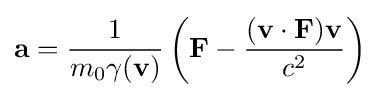
\mathbf {a} ={\frac {1}{m_{0}\gamma (\mathbf {v} )}}\left(\mathbf {F} -{\frac {(\mathbf {v} \cdot \mathbf {F} )\mathbf {v} }{c^{2}}}\right)